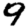
Digit: 9